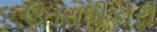
ઉતરાધીકારી